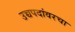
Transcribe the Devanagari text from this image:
उच्चपदांवरचा